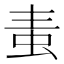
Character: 𧉉